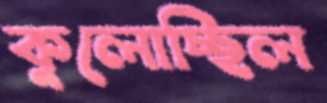
কুলোচ্ছিল